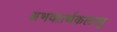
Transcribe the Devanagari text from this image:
अभवतर्थकलासु